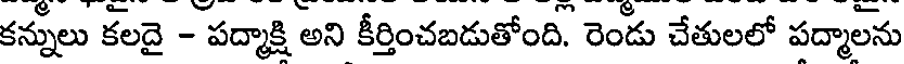
కన్నులు కలదై - పద్మాక్షి అని కీర్తించబడుతోంది. రెండు చేతులలో పద్మాలను